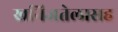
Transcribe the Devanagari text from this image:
खनिजतेलासह